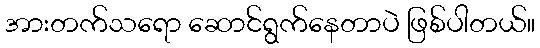
အားတက်သရော ဆောင်ရွက်နေတာပဲ ဖြစ်ပါတယ်။